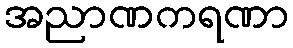
အညာဏကရဏာ